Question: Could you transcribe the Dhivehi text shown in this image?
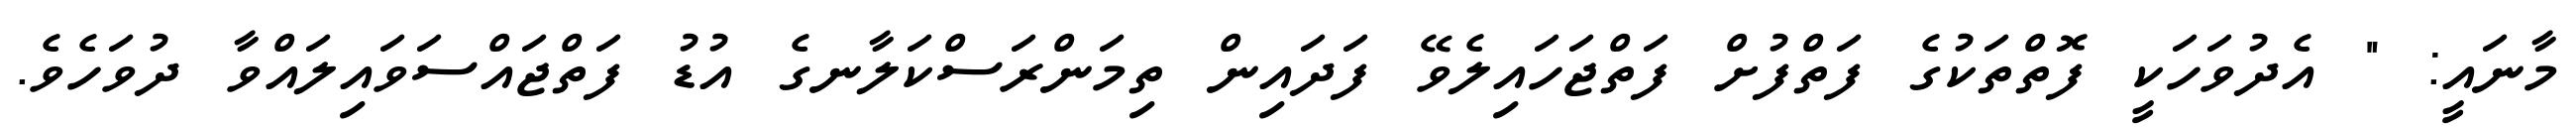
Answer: މާނައީ: " އެދުވަހަކީ ފޮތްތަކުގެ ފަތްފުށް ފަތްޖަހައިލެވޭ ފަދައިން ތިމަންރަސްކަލާނގެ އުޑު ފަތްޖައްސަވައިލައްވާ ދުވަހެވެ.